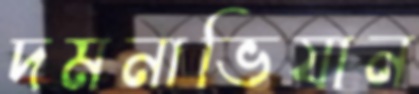
দমনাভিযান